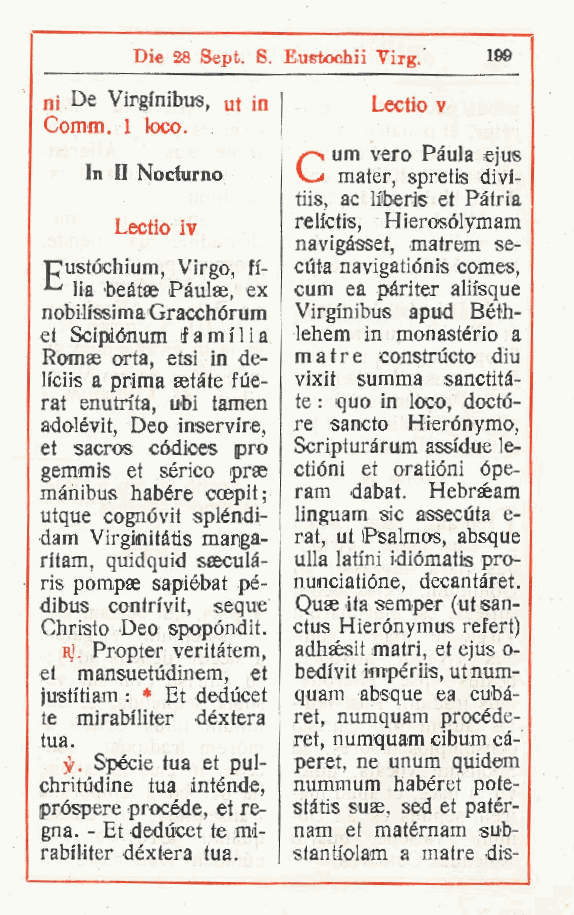
Die 28 Sept. 8. Eustochii Virg 199
 .
 ni De Virgmibus, ut in Lectio v
 Comm. 1 loco.
 um vero Paula ejus
 In II Nociurno  mater spretis divi-
 ,
 tiis, ac liiberis et Pàtria
 Lectio Iv   relictis, Hierosólymam
 navigàsset, matrem se-
 pustóchium Virgo, fi- ciita navigatiónis comes,
 ,
 lia beótae Pàulse ex cum ea pàriter aliisque
 ,
 nobilissima Gracchórum Virginibus apud Bèth-
 et Scipdónum f amili a lehem in monastèrio a
 Romse orta etsi in de- matre constrùcto diu
 ,
 liciis a prima aetàte fùe- vixit summa sanctità-
 rat enutita ubi tamen te : quo in loco, docto-
 ,
 adolévit Deo inservire, re sancto Hierónymo,
 ,
 et sacros códices prò Scripturàrum assidue le-
 gemmis et sèrico prae ctióni et oratióni ópe-
 mànibus habére coepit; ram dabat. Hebrséam
 utque cognóvit spléndi- linguam sic assecuta e-
 dam Virginitàtis marga- rat, ut iPsalmos, absque
 ritam quidquid saeculà- ulla latini idiómatis pro-
 ,
 ris pompae sapiébat pé- nunciatióne, decantàret.
 dibus contrivit, seque Quae ita semper (ut san-
 Christo Deo spopóndit. ctus Hierónymus refert)
 Rj. Propter veritatem, adhsesit mairi, et ejus o-
 et mansuetudinem, et bedivit impériis, utnum-
 justitiam : * Et dedùcet quam absque ea cubà-
 te mirabiliter déxtera ret, numquam procède-
 tua.            rei, numquam cibum cà-
 Spècie tua et pul- peret, ne unum quidem
 chritùdine tua intènde, nummum habèret pote-
 pròspere procède, et re- stàtis suae, sed et patèr-
 gna. - Et deducet te mi- nam et matèrnam sub-
 rabiliter déxtera tua. stantiolam a matre dis-
 r